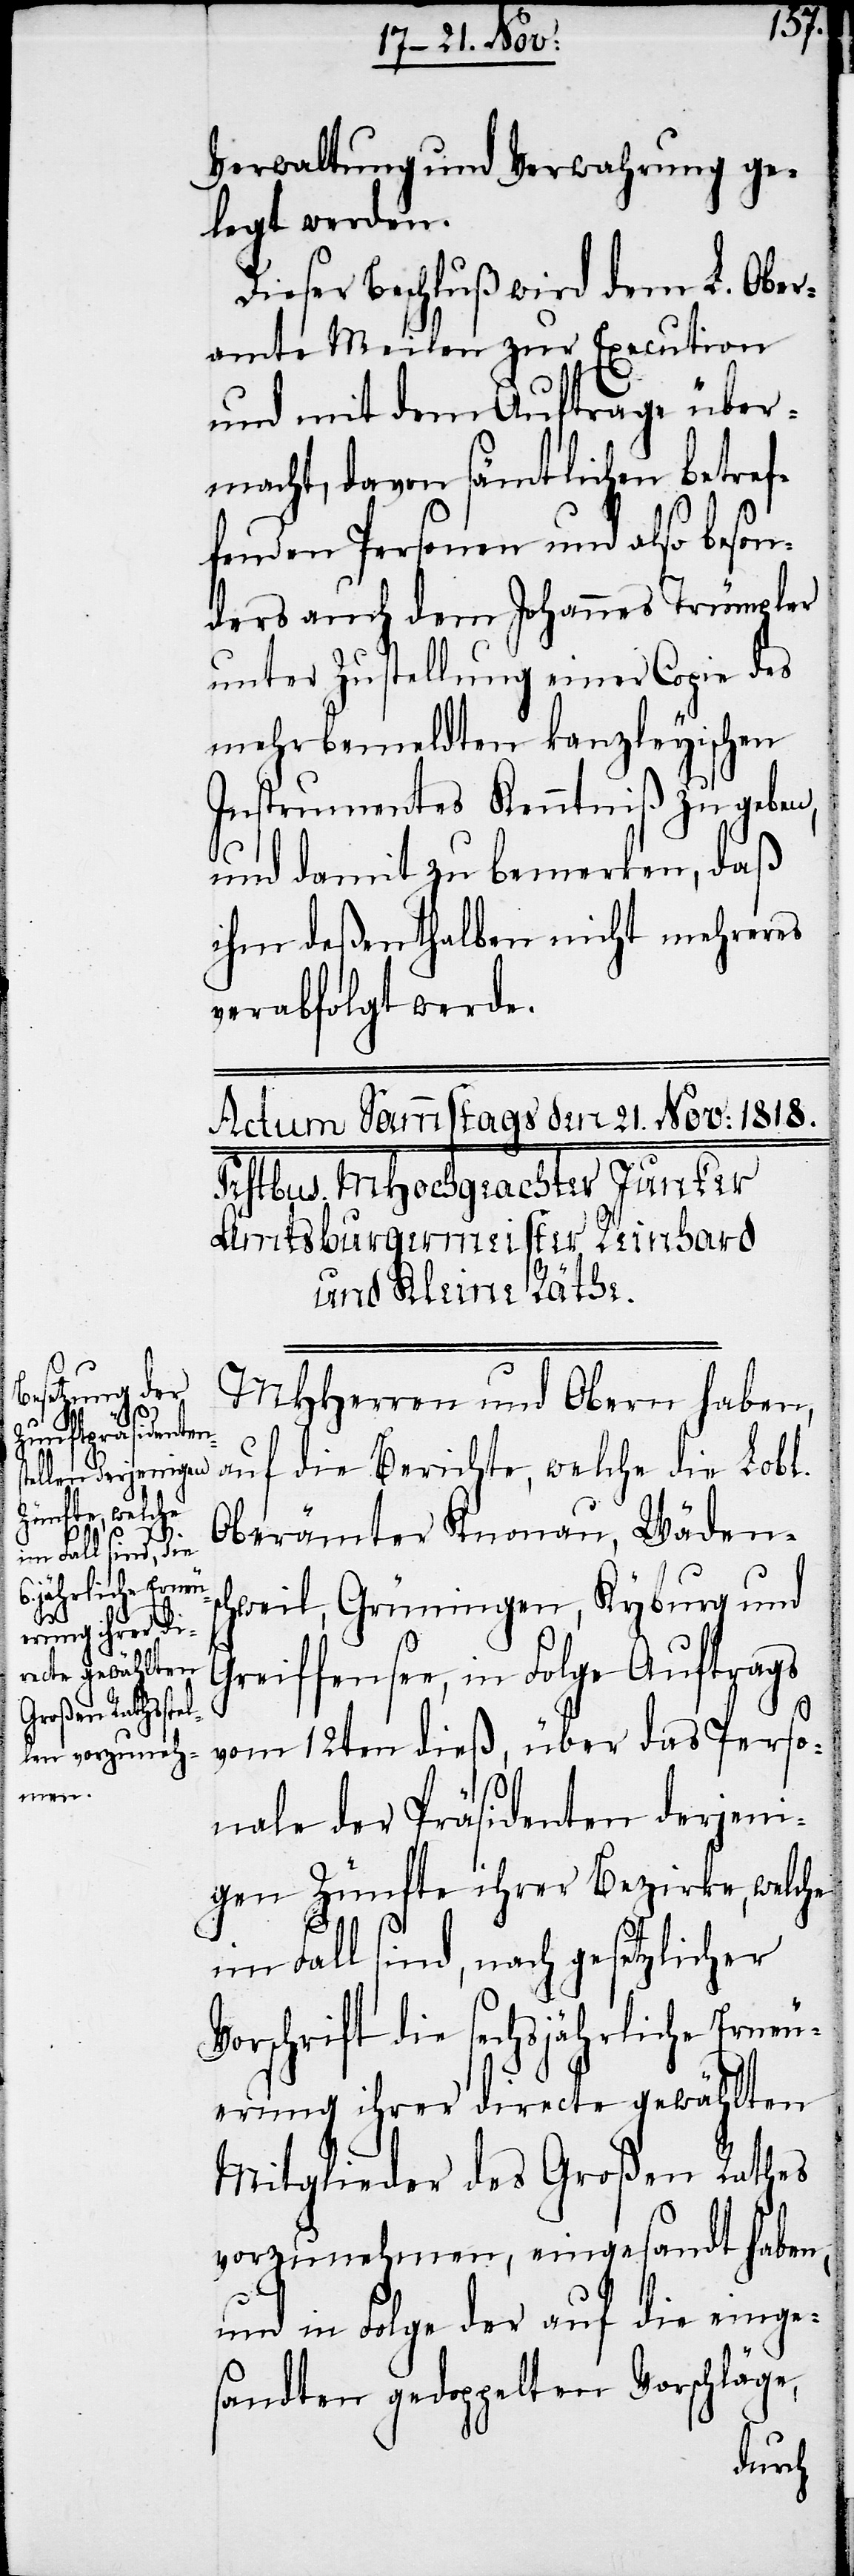
Verwaltung und Verwahrung ge¬
legt werden.
Dieser Beschluß wird dem L. Ober¬
amte Meilen zur Execution
und mit dem Auftrage über¬
macht, davon sämtlichen betref¬
fenden Personen und also beson¬
ders auch dem Johannes Trümpler
unter Zustellung einer Copie des
mehrbemeldten kanzleyischen
Instrumentes Kenntniß zu geben,
und damit zu bemerken, daß
ihm deßenthalben nicht mehreres
verabfolgt werde.
MHHerren und Obern haben,
auf die Berichte, welche die Lobl.
Oberämter Knonau, Wädens¬
chweil, Grüningen, Kyburg und
Greiffensee, in Folge Auftrags
vom 12ten dieß, über das Perso¬
nale der Präsidenten derjeni¬
gen Zünfte ihrer Bezirke, welche
im Fall sind, nach gesetzlicher
Vorschrift die sechsjährliche Erneu¬
erung ihrer directe gewählten
Mitglieder des Großen Rathes
vorzunehmen, eingesandt haben,
und in Folge der auf die einge¬
sandten gedoppelten Vorschläge,